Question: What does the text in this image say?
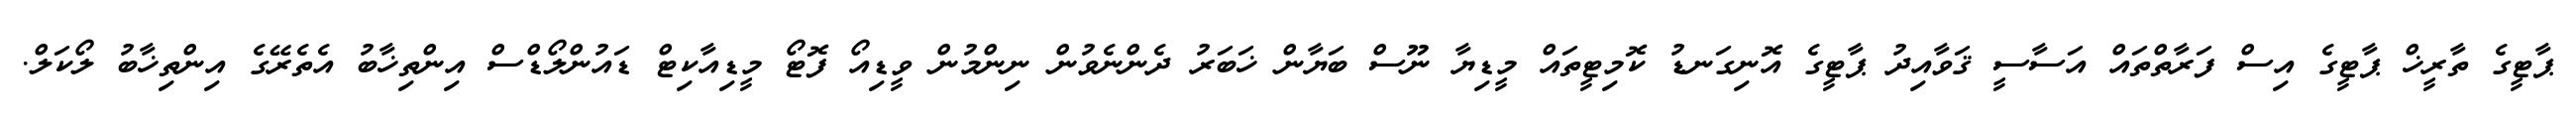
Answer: ޕާޓީގެ ތާރީޚް ޕާޓީގެ އިސް ފަރާތްތައް އަސާސީ ޤަވާއިދު ޕާޓީގެ އޮނިގަނޑު ކޮމިޓީތައް މީޑިޔާ ނޫސް ބަޔާން ޚަބަރު ދެންނެވުން ނިންމުން ވީޑިއޯ ފޮޓޯ މީޑިއާކިޓް ޑައުންލޯޑްސް އިންތިޚާބު އެތެރޭގެ އިންތިޚާބު ލޯކަލް.